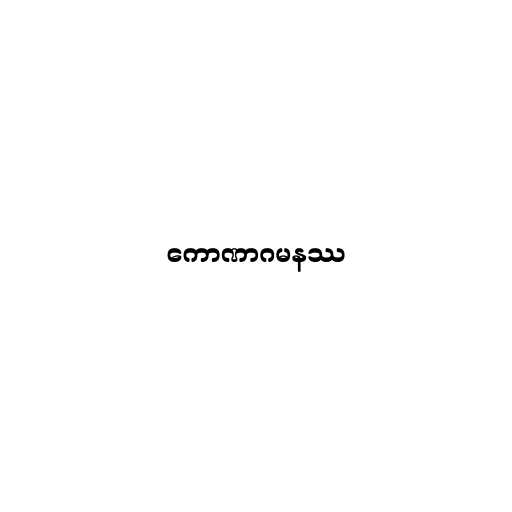
ကောဏာဂမနဿ